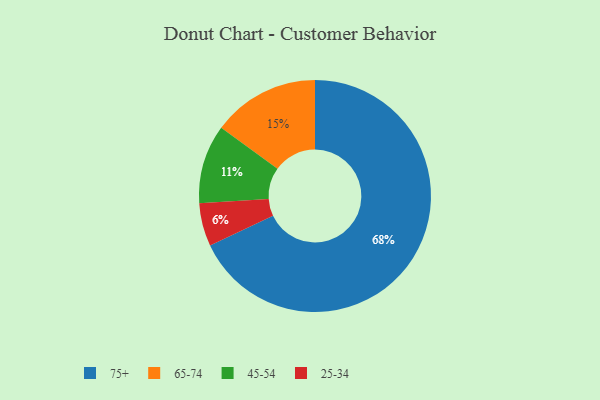
{"axis": {"x": "Category", "y": "Percentage"}, "legend": ["25-34", "45-54", "65-74", "75+"], "data": [{"x": "45-54", "y": 11, "type": "45-54"}, {"x": "75+", "y": 68, "type": "75+"}, {"x": "25-34", "y": 6, "type": "25-34"}, {"x": "65-74", "y": 15, "type": "65-74"}]}